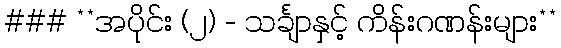
### **အပိုင်း (၂) - သင်္ချာနှင့် ကိန်းဂဏန်းများ**